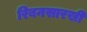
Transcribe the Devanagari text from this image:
रिबनसारखी